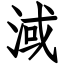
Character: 淢